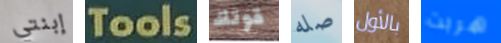
إبنتي Tools قوتك صله بالأول هربت